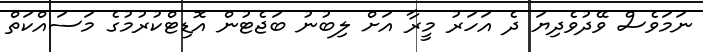
ނަމަވެސް ވޭދުވެދިޔަ ދެ އަހަރު މީރާ އަށް ލިބުނު ބަޖެޓުން އޮޑިޓްކުރުމުގެ މަސައްކަތް